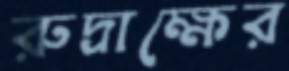
রুদ্রাক্ষের